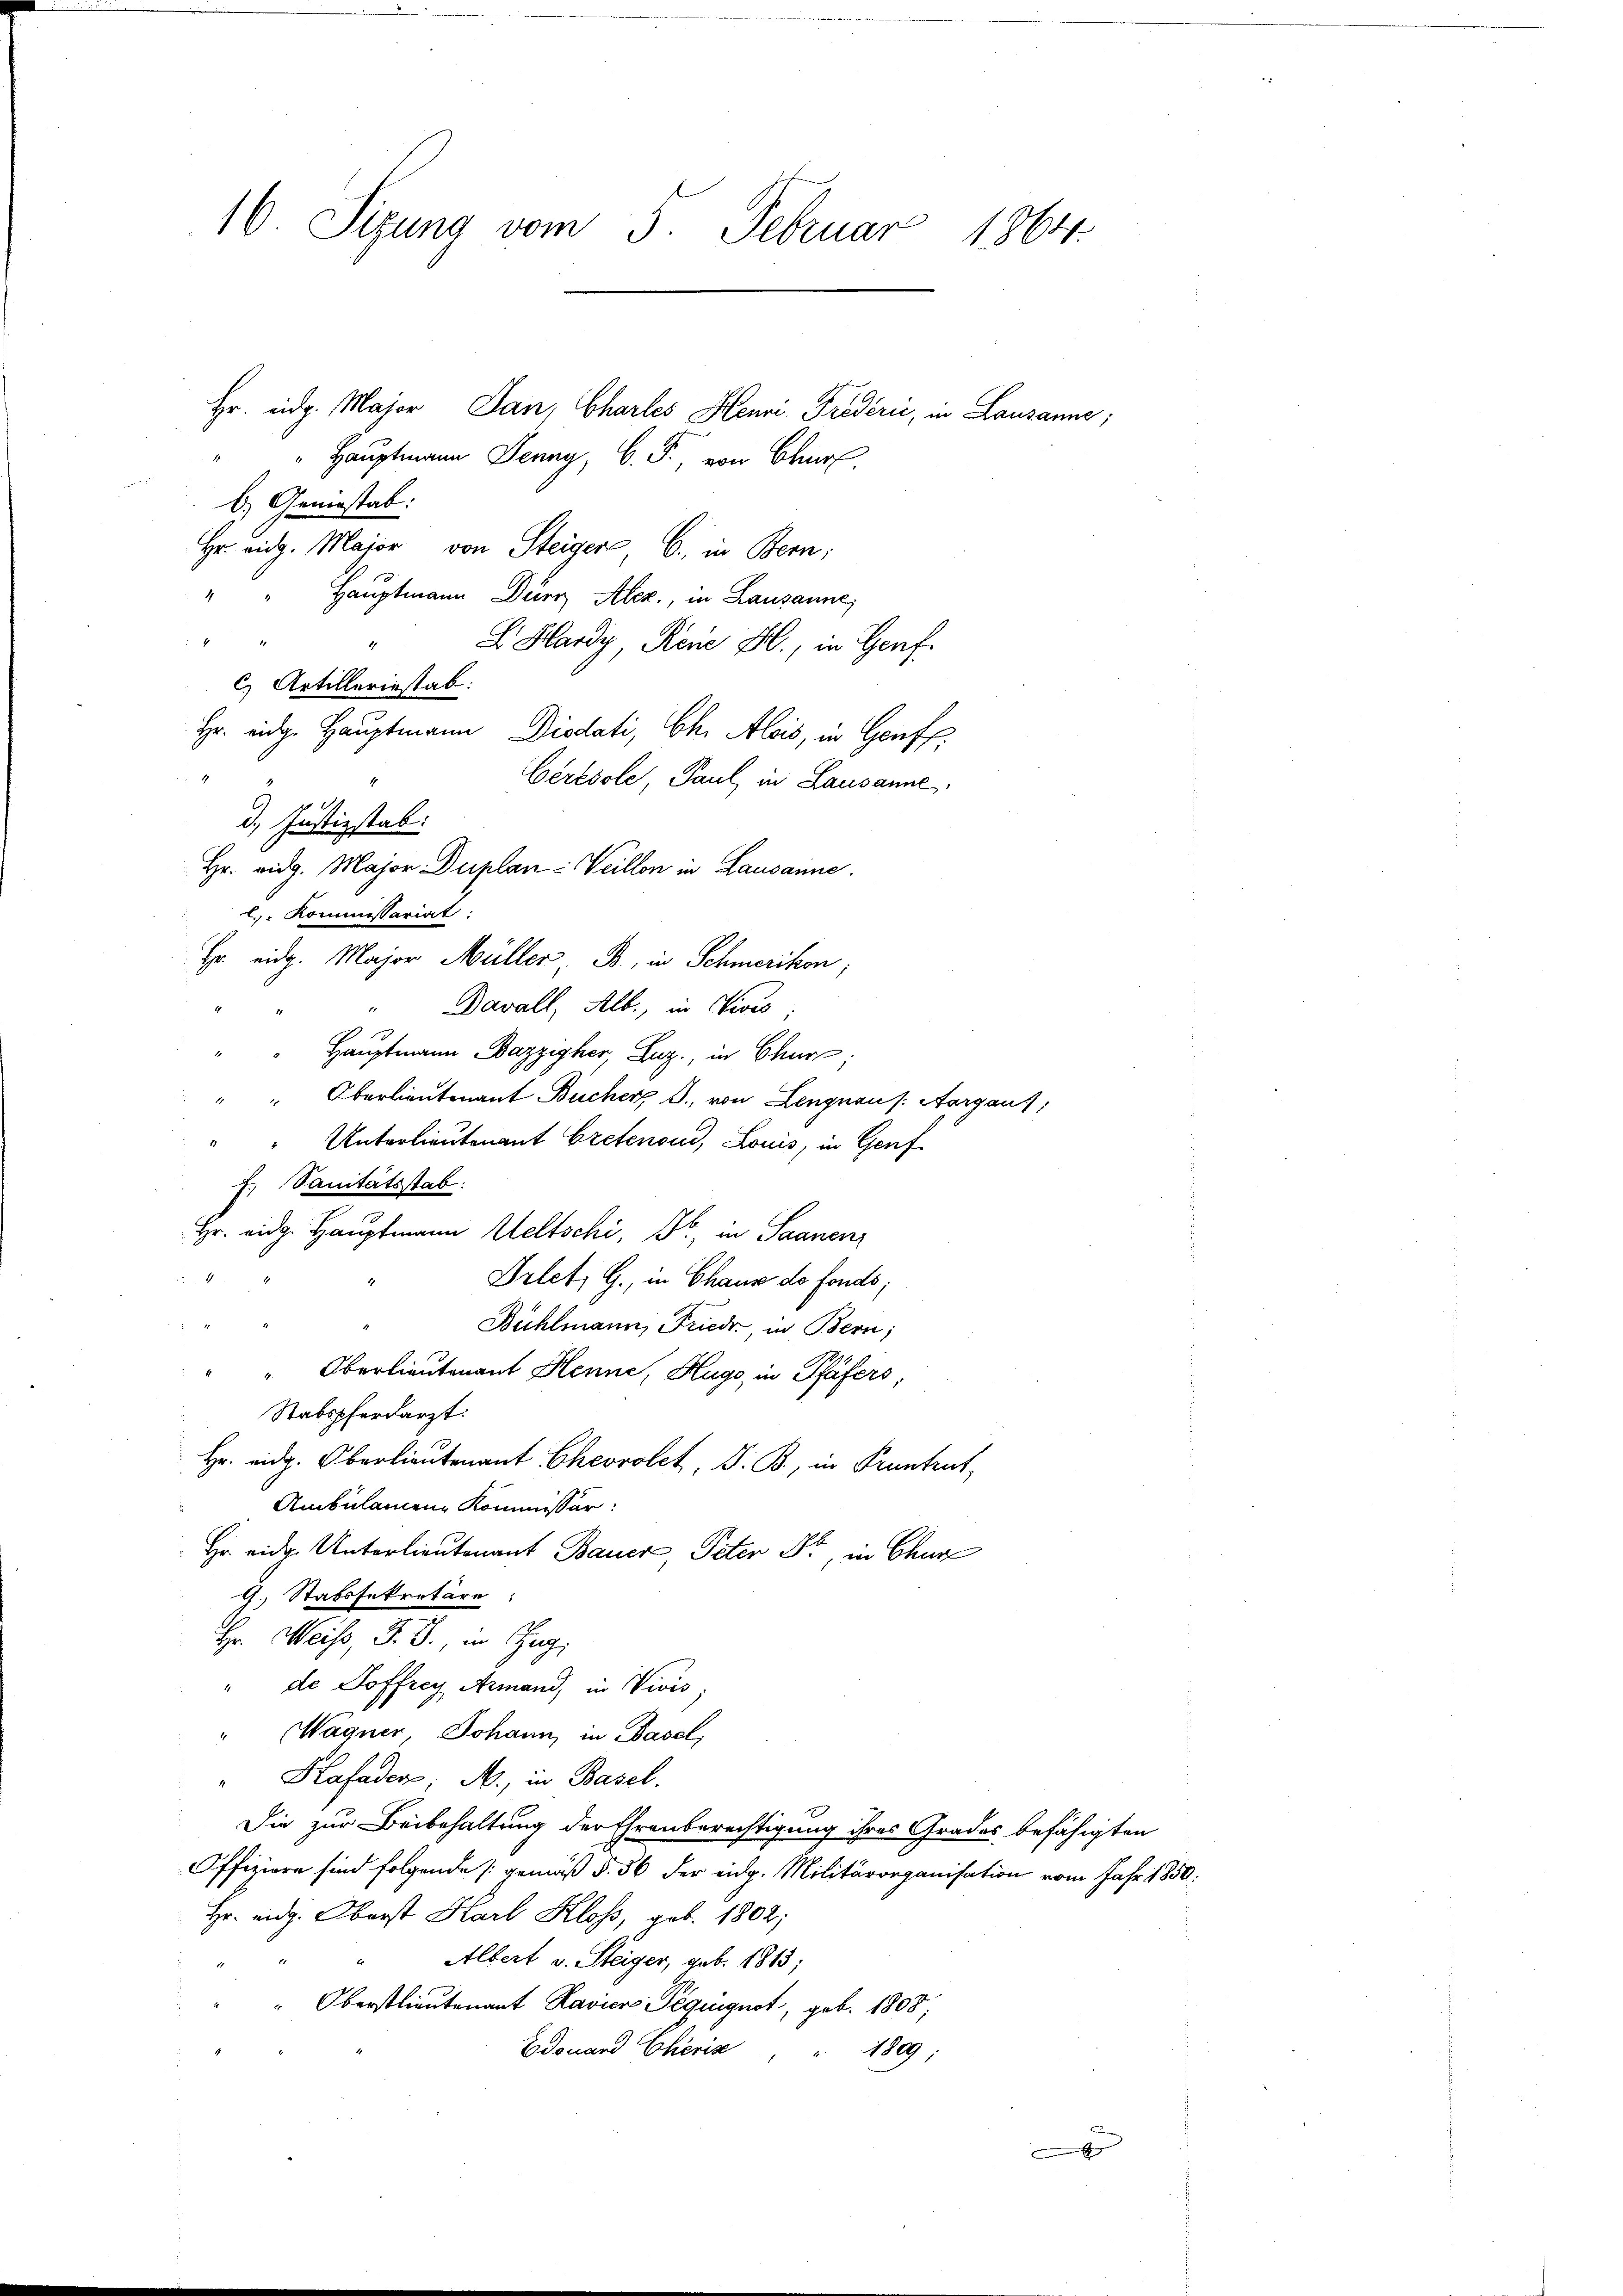
16 Sizung vom 5. Februar 1864.

" Hauptmann Jenny, C. F., von Chr
a
b. Geniestab.
Hr. eidg. Major von Steiger, 6., in Bern;
4
Hauptmann Durr Alez., in Lausanne,
" E. Hardy Reue H., in Genf.
C. Artilleriestab.
Hr. eidg. Hauptmann Diodati, Ch. Alois, in Geiff
Cérésole, Paul, in Lausanne
d. Justizstab.
Hr. eidg. Major Duplan - Weillon in Lausanne.
l. Kommissariat
Hr. eidg. Major Müller B., in Schmerikon;
" Davall, Alb., in Vices;
Hauptmann Bazzipher Laz, in Chur,
" " Oberlieutenant Bucher B., von Lengnau s. Aargaus,
 Unterlieutenant Gretenoud, Louis, in Genf
f. Sanitätsstab.
Hr. eidg. Hauptmann Weltschi, B. in Saanenz
4
Drtet. G., in Chaus de fonds;
Bühlmann, Friedr. in Bern;
" " Oberlieutenant Henne, Hugo, in Pfäfers,
Stabspferdarzt:
Hr. eidg. Oberlieutenant Cherolet, d. B., in Pruntrut,
Ambulamen Kommissär:
Hr. eidg. Unterlieutenant Bauer, Peter Dir, in Chur
G. Stabssekretäre
Hr. Weiss, F. J., in Zug,
de Soffrey Armand, in Vivis
Wagner, Johann, in Basel,
Hafaden, M., in Basel.
Die zur Beibehaltung der Ehrenberechtigung ihres Grades befähigten
Offiziere sind folgende (gemäß §. 36 der eidg. Militärorganisation vom Jahr 1850.
Hr. eidg. Oberst Karl Kloss, geb. 1802;
Albert v. Steiger, geb. 1813;
" Oberstlieutenant Ravier Peguignot, geb. 1808,
Edouard Cheris
1889

Hr. eidg. Major Jan, Chartes Henri Triderii, in Lausanne;

x